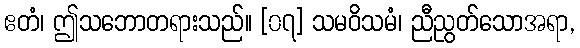
ဧတံ၊ ဤသဘောတရားသည်။ [၀၇] သမဝိသမံ၊ ညီညွတ်သောအရာ,